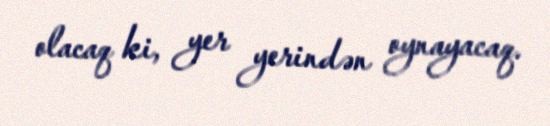
olacaq ki, yer yerindən oynayacaq.